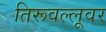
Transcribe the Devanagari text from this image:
तिरूवल्लूवर